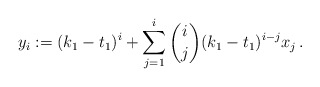
\begin{align*} y_i:=(k_1-t_1)^i+\sum_{j=1}^i \binom{i}{j}(k_1-t_1)^{i-j} x_j\,.\end{align*}